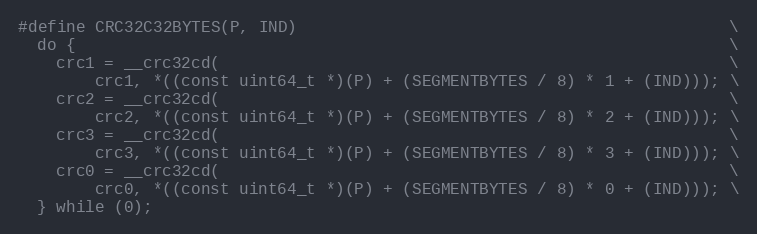
Language: C++
#define CRC32C32BYTES(P, IND)                                             \
  do {                                                                    \
    crc1 = __crc32cd(                                                     \
        crc1, *((const uint64_t *)(P) + (SEGMENTBYTES / 8) * 1 + (IND))); \
    crc2 = __crc32cd(                                                     \
        crc2, *((const uint64_t *)(P) + (SEGMENTBYTES / 8) * 2 + (IND))); \
    crc3 = __crc32cd(                                                     \
        crc3, *((const uint64_t *)(P) + (SEGMENTBYTES / 8) * 3 + (IND))); \
    crc0 = __crc32cd(                                                     \
        crc0, *((const uint64_t *)(P) + (SEGMENTBYTES / 8) * 0 + (IND))); \
  } while (0);